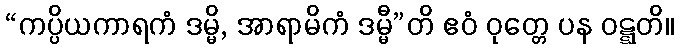
“ကပ္ပိယကာရကံ ဒမ္မိ, အာရာမိကံ ဒမ္မီ”တိ ဧဝံ ဝုတ္တေ ပန ဝဋ္ဋတိ။